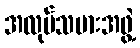
အလုပ်သမားအဖွဲ့